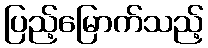
ပြည့်မြောက်သည့်